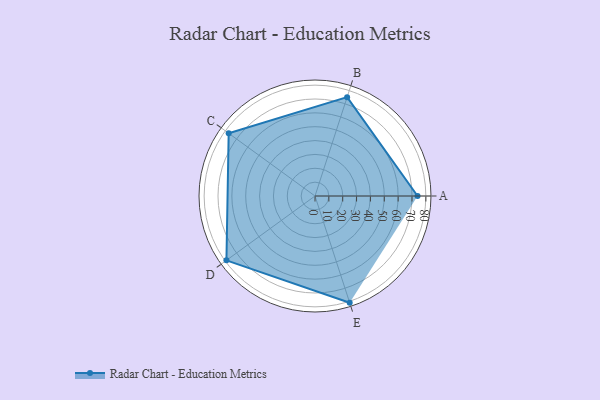
{"axis": {"x": "Skill", "y": "Score"}, "legend": ["Profile"], "data": [{"x": "A", "y": 74.0, "type": "Profile"}, {"x": "B", "y": 75.0, "type": "Profile"}, {"x": "C", "y": 77.0, "type": "Profile"}, {"x": "D", "y": 79.0, "type": "Profile"}, {"x": "E", "y": 81.0, "type": "Profile"}]}